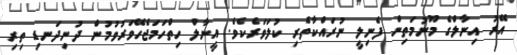
އޭރު އިނާލްގެ މޫނުމަތިން ފެނިލީ ނުރައްކާތެރި ކުލަވަރެކެވެ. އީނާލް ހިތްހަމަޖެހޭވަރުވުމުން ދުނިދަނޑި ތިރި